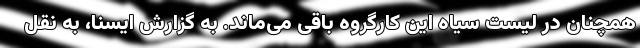
همچنان در لیست سیاه این کارگروه باقی می‌ماند. به گزارش ایسنا، به نقل